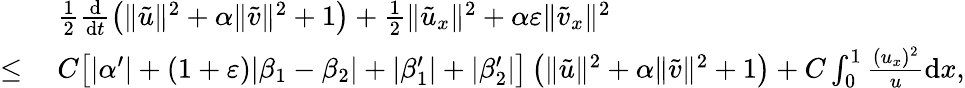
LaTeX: \begin{array}{rl}&{\ \frac 12\frac{\mathrm{d}}{\mathrm{d}t}\left(\| \tilde{u}\| ^{2}+\alpha\| \tilde{v}\| ^{2}+1\right)+\frac 12\| \tilde{u}_{x}\| ^{2}+\alpha\varepsilon\| \tilde{v}_{x}\| ^{2}}\\ {\le}&{\ C\big[|\alpha^{\prime}|+(1+\varepsilon)|\beta_{1}-\beta_{2}|+|\beta_{1}^{\prime}|+|\beta_{2}^{\prime}|\big]\left(\| \tilde{u}\| ^{2}+\alpha\| \tilde{v}\| ^{2}+1\right)+C\int_{0}^{1}\frac{(u_{x})^{2}}{u}\mathrm{d}x,}\end{array}